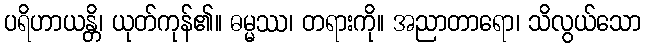
ပရိဟာယန္တိ၊ ယုတ်ကုန်၏။ ဓမ္မဿ၊ တရားကို။ အညာတာရော၊ သိလွယ်သော